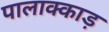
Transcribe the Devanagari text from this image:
पालाक्काड़